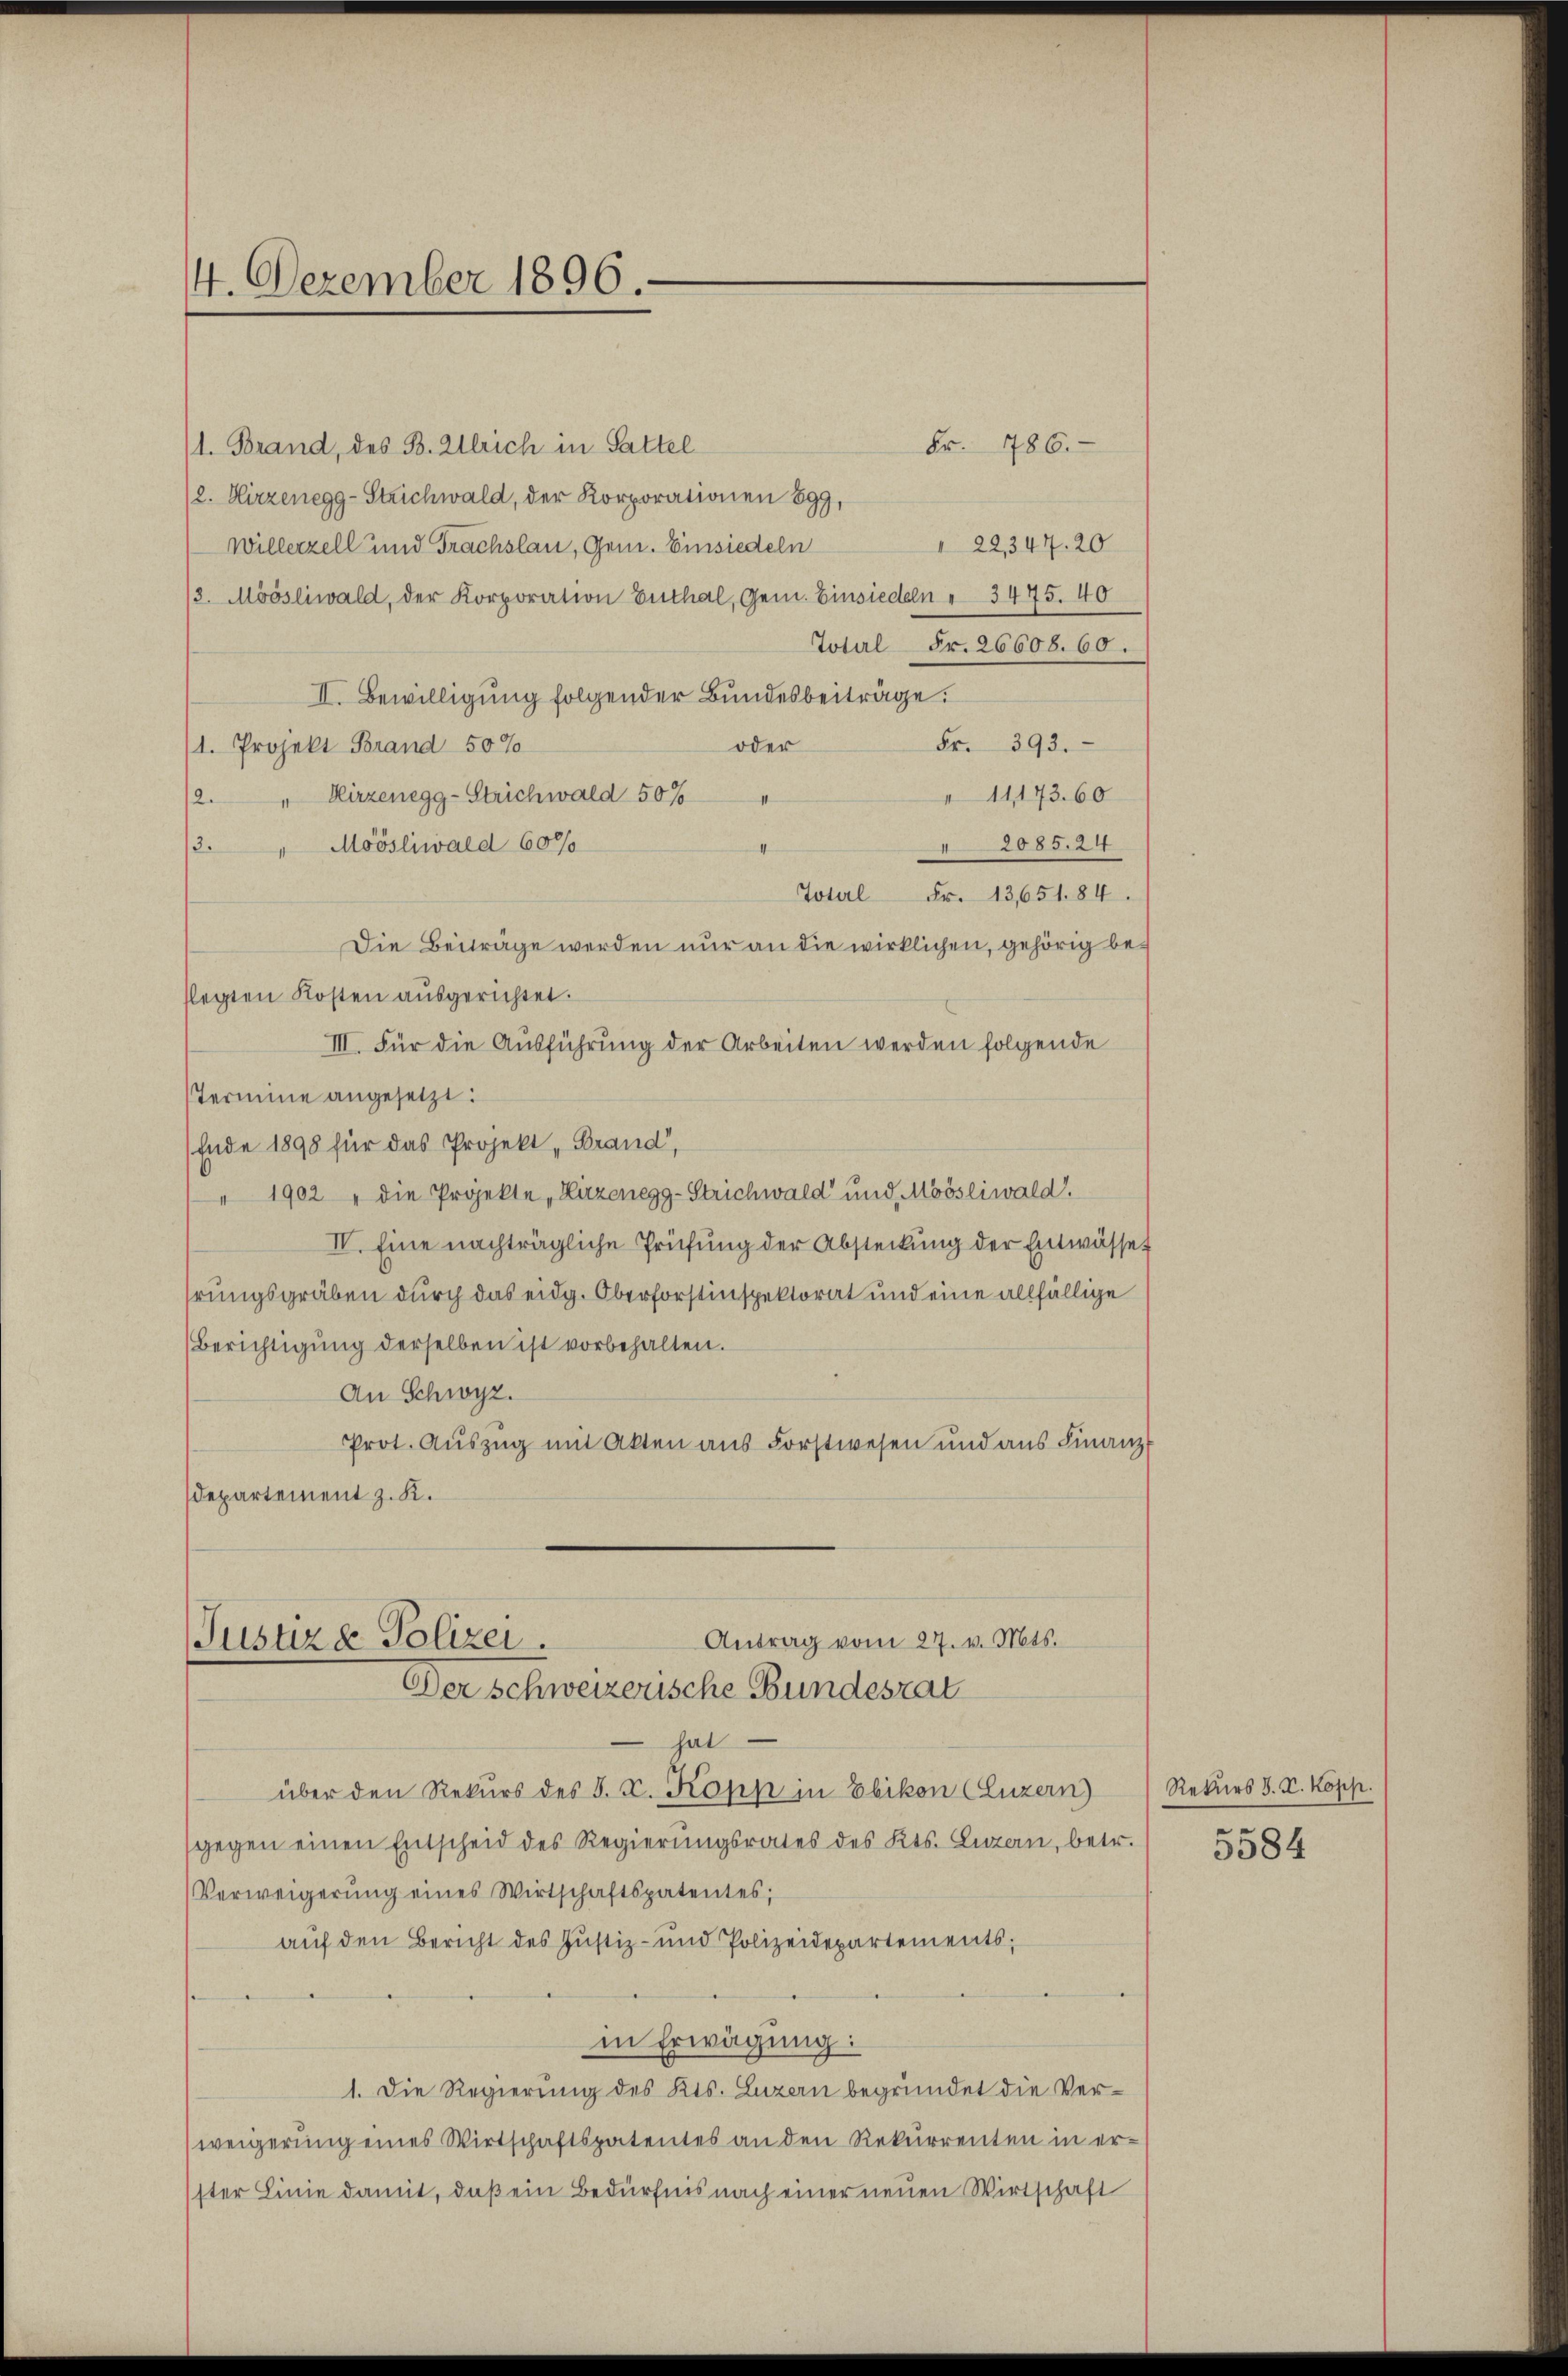
4. Dezember 1896.

Fr. 786.
1. Brand, des B. Alleich in Sattel
(2. Hirzenegg - Strichwald, der Korporationen 899,
22347. 20
Willerzell und Frachslau, Gem. Einsiedeln
/3. Möösliwald, der Korporation Enthal, Gem. Einsiedeln " 3475. 40
Total Fr. 26608. 60.
II. Bewilligung folgender Bundesbeiträge.
Fr. 393.
oder
/1. Projekt Brand 50%
11173. 60
Hirzenegg - Strichwald 50%
12.
2085.24
Möösliwald 607/
2.
Toterl Fr. 13,651. 84.
Die Beiträge werden nur an die wirklichen, gehörig beflegten Kosten ausgerichtet.
III. Für die Ausführung der Arbeiten werden folgende
sTermine angesetzt:
Ende 1898 für das Projekt, Brand,
1902 " die Projekte Hirzenegg-Strichwald und Moösliwald.
IV. Eine nachträgliche Prüfung der Absteckung der Entwässet
hrungsgräben durch das eidg. Oberforstinspektorat und eine allfällige
Berichtigung derselben ist vorbehalten.
An Schwyz.
Prot. Auszug mit Akten aus Forstwesen und aus Finanz
Departement z. K.
Antrag vom 27. v. Mts.
Justiz & Polizei.
Der Schweizerische Bundesrat
hat
über den Rekurs des J. C. Kopp in Ebikon (Luzern)
gegen einen Entscheid des Regierŭngsrates des Kts. Luzern, betr. 5584
Verweigerŭng eines Wirtschaftspatentes;
auf den Bericht des Justiz- und Polizeidepartements;
in Erwägung:
1. Die Regierung des Kts. Luzern begründet die Verweigerung eines Wirtschaftspatentes an den Rekurrenten in er-
ster Linie damit, daß ein Bedürfnis nach einer neuen Wirtschaft

Rekurs J. V. Kopp.